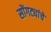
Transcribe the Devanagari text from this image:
सोंगट्यांचे